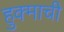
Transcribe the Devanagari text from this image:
हुक्माची